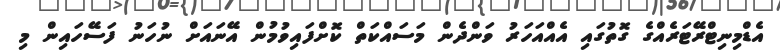
އެޑްމިނިޓްރޭޓަރެއްގެ ގޮތުގައި އެއްއަހަރު ވަންދެން މަސައްކަތް ކޮށްފައިވުމުން އޭނައަށް ނުހަނު ފަސޭހައިން މި